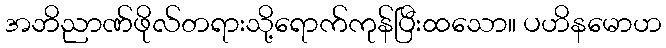
အဘိညာဏ်ဖိုလ်တရားသို့ရောက်ကုန်ပြီးထသော။ ပဟိနမောဟ